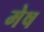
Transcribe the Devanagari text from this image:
मेेष